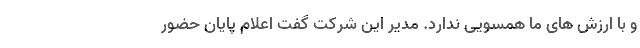
و با ارزش های ما همسویی ندارد. مدیر این شرکت گفت اعلام پایان حضور